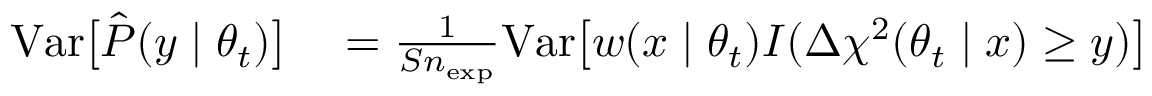
\begin{array} { r l } { \mathrm { \mathop { V a r } } \big [ \hat { P } ( y \mid \theta _ { t } ) \big ] } & { { } = \frac { 1 } { S n _ { \mathrm { e x p } } } \mathrm { \mathop { V a r } } \big [ w ( x \mid \theta _ { t } ) I ( \Delta \chi ^ { 2 } ( \theta _ { t } \mid x ) \ge y ) \big ] } \end{array}